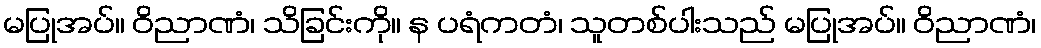
မပြုအပ်။ ဝိညာဏံ၊ သိခြင်းကို။ န ပရံကတံ၊ သူတစ်ပါးသည် မပြုအပ်။ ဝိညာဏံ၊